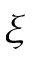
\xi